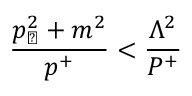
{ \frac { p _ { \perp } ^ { 2 } + m ^ { 2 } } { p ^ { + } } } < { \frac { \Lambda ^ { 2 } } { P ^ { + } } }